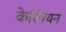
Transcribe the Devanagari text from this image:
केस्पियन